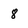
Character: 8